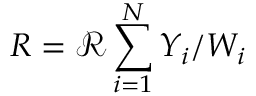
R = \mathcal { R } \sum _ { i = 1 } ^ { N } Y _ { i } / W _ { i }